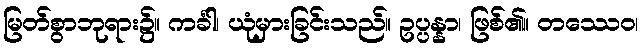
မြတ်စွာဘုရား၌။ ကင်္ခါ၊ ယုံမှားခြင်းသည်။ ဥပ္ပန္နာ၊ ဖြစ်၏။ တဿေဝ၊